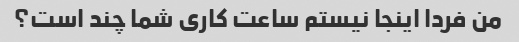
من فردا اینجا نیستم ساعت کاری شما چند است؟